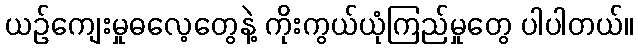
ယဉ်ကျေးမှုဓလေ့တွေနဲ့ ကိုးကွယ်ယုံကြည်မှုတွေ ပါပါတယ်။